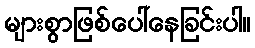
များစွာဖြစ်ပေါ်နေခြင်းပါ။